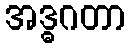
အဒ္ဓဂတာ